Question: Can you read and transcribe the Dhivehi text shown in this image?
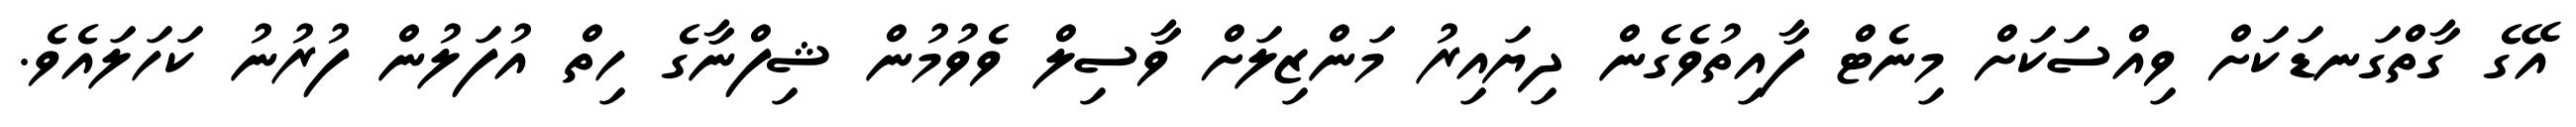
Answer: އޭގެ ގާތްގަނޑަކަށް ވިއްސަކަށް މިނެޓް ފާއިތުވެގެން ދިޔައިރު މަންޒިލަށް ވާސިލް ވެވުމުން ޝިފްނާގެ ހިތް އުފަލުން ފުރުނު ކަހަލައެވެ.